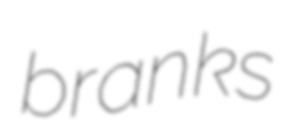
branks